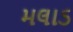
મલાડ